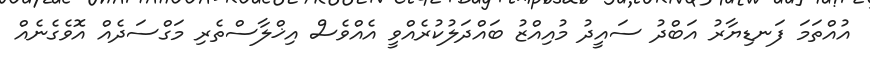
އުއްތަމަ ފަނޑިޔާރު އަބްދު ސައީދު މުއިއްޒު ބައްދަލުކުރެއްވީ އެއްވެސް އިޚްލާސްތެރި މަގްސަދެއް އޮވެގެނެއް